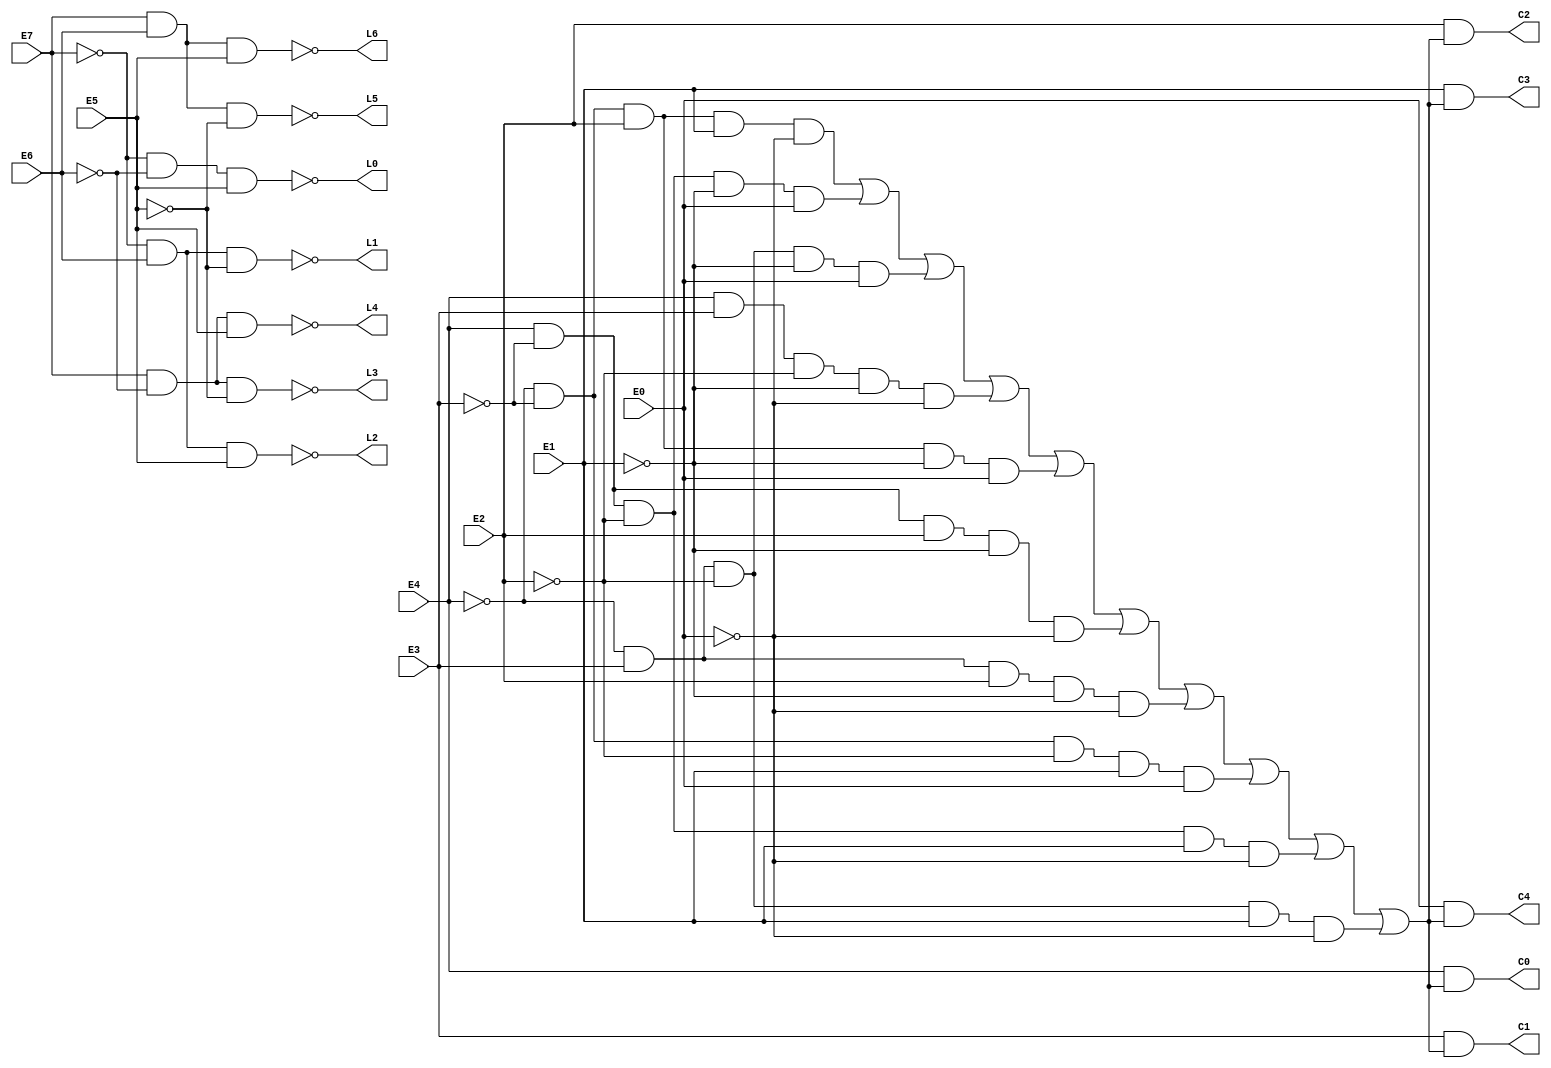
//E=entrada do chaveamento CH.
//L=linha da matriz de leds
//C=Coluna da matriz de leds

module matrizDeLeds (E7, E6, E5, E4, E3, E2, E1, E0, L0, L1, L2, L3, L4, L5, L6, C0, C1, C2, C3, C4);

	input E0, E1, E2, E3, E4, E5, E6, E7;
	output L0, L1, L2, L3, L4, L5, L6, C0, C1, C2, C3, C4;
	wire wENABLE, wERRO;
	wire w0, w1, w2, w3, w4, w5, w6, w7, w8, w9;

	//Define a linha da matriz de leds de acordo com as entradas E0-E7
	//As linhas so ativadas em nvel lgico baixo
	nand linha0 (L0, ~E7, ~E6, E5);
	nand linha1 (L1, ~E7, E6, ~E5);
	nand linha2 (L2, ~E7, E6, E5);
	nand linha3 (L3, E7, ~E6, ~E5);
	nand linha4 (L4, E7, ~E6, E5);
	nand linha5 (L5, E7, E6, ~E5);
	nand linha6 (L6, E7, E6, E5);

	//Verifica se todo o cdigo (E4-E0) foi colocado corretamente.
	nor ENABLE (wENABLE, E7, E6, E5); 
	and dig0 (w0, ~E4, ~E3, E2, E1, ~E0);
	and dig1 (w1, E4, ~E3, ~E2, ~E1, E0);
	and dig2 (w2, ~E4, E3, ~E2, ~E1, E0);
	and dig3 (w3, E4, E3, ~E2, ~E1, ~E0);
	and dig4 (w4, ~E4, ~E3, E2, ~E1, E0);
	and dig5 (w5, E4, ~E3, E2, ~E1, ~E0);
	and dig6 (w6, ~E4, E3, E2, ~E1, ~E0);
	and dig7 (w7, ~E4, ~E3, ~E2, E1, E0);
	and dig8 (w8, E4, ~E3, ~E2, E1, ~E0);
	and dig9 (w9, ~E4, E3, ~E2, E1, ~E0);
	
	//Se todos os wires w0-w9 forem 0, ou seja, o cdigo inserido no for vlido, a matriz de LED no ser ativada.
	nor ERRO (wERRO, w0, w1, w2, w3, w4, w5, w6, w7, w8, w9); 
	
	//Passa para as colunas as entradas inseridas caso no haja erro.
	and coluna0 (C4, E0, ~wERRO);
	and coluna1 (C3, E1, ~wERRO);
	and coluna2 (C2, E2, ~wERRO);
	and coluna3 (C1, E3, ~wERRO);
	and coluna4 (C0, E4, ~wERRO);

endmodule